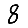
Digit: 8